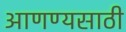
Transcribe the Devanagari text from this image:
आणण्यसाठी